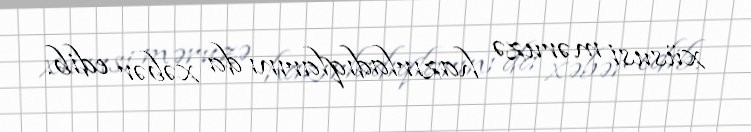
xüsusi məruzə hazırladıqlarını da xəbər edib.